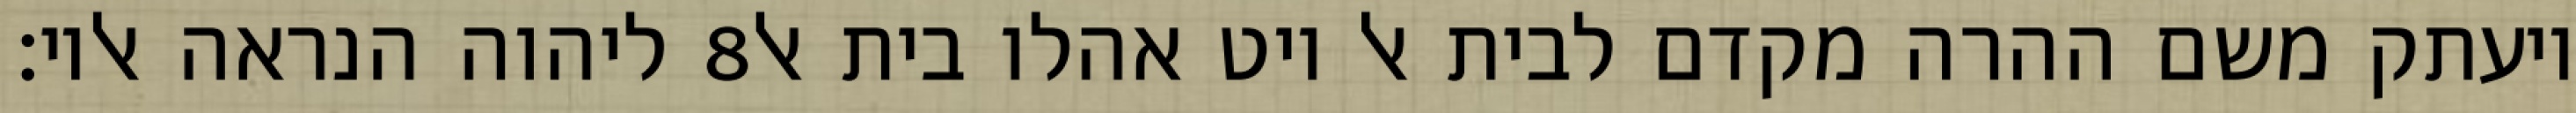
ליהוה הנראה אליו׃ ‎8‏ ויעתק משם ההרה מקדם לבית אל ויט אהלו בית אל